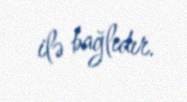
ilə bağlıdır.